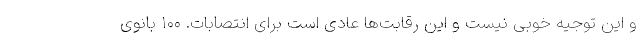
و این توجیه خوبی نیست و این رقابت‌ها عادی است برای انتصابات. ۱۰۰ بانوی